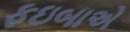
ફઇબાએ